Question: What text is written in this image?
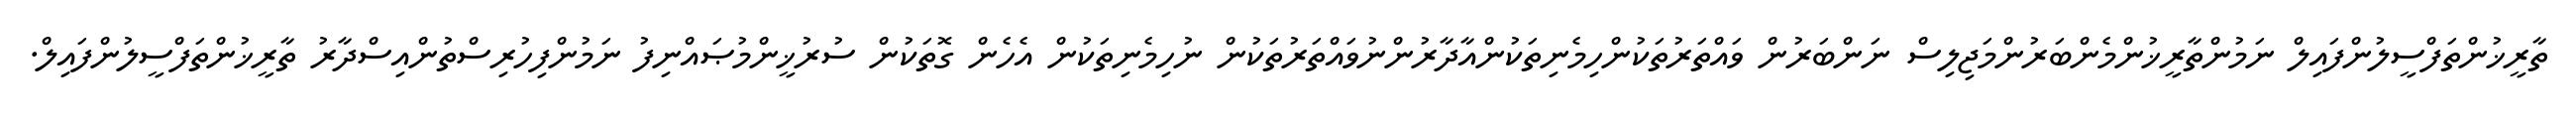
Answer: ތާރީޚުންތަފްސީލުންފައިލް ނަމުންތާރީޚުންމެންބަރުންމަޖިލިސް ނަންބަރުން ވައްތަރުތަކުންހިމެނިތަކުންއާދާރުންނުވައްތަރުތަކުން ނުހިމެނިތަކުން އެހެން ގޮތަކުން ސުރުޚީންމުޞައްނިފު ނަމުންފިހުރިސްތުންއިސްދާރު ތާރީޚުންތަފްސީލުންފައިލް.